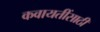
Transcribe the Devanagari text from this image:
कवायतींसाठी